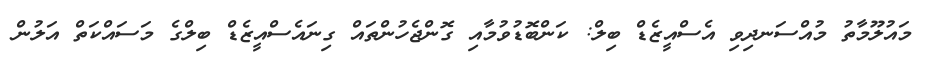
މައުލޫމާތު މުއްސަނދިވި އެސްއީޒެޑް ބިލް: ކަންބޮޑުވުމާއި ގޮންޖެހުންތައް ގިނައެސްއީޒެޑް ބިލްގެ މަސައްކަތް އަލުން